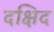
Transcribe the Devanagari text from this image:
दक्षिद